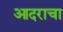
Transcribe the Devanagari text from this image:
आदराचा